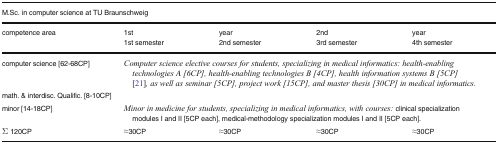
| <COLSPAN=5> M.Sc. in computer science at TU Braunschweig |
 | <ROWSPAN=2> competence area | 1st | year | 2nd | year |
 | 1st semester | 2nd semester | 3rd semester | 4th semester |
 | --- | --- | --- | --- | --- |
 | computer science [62-68CP] | <COLSPAN=4> Computer science elective courses for students, specializing in medical informatics: health-enabling technologies A [6CP], health-enabling technologies B [4CP], health information systems B [5CP] [21], as well as seminar [5CP], project work [15CP], and master thesis [30CP] in medical informatics. |
 | math. & interdisc. Qualific. [8-10CP] |  |  |  |  |
 | minor [14-18CP] | <COLSPAN=4> Minor in medicine for students, specializing in medical informatics, with courses:clinical specialization modules I and II [5CP each], medical-methodology specialization modules I and II [5CP each]. |
 | Σ 120CP | ≈30CP | ≈30CP | ≈30CP | ≈30CP |